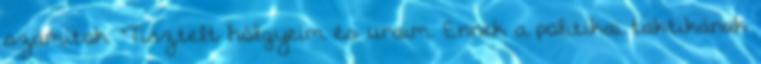
számítok. “Tisztelt hölgyeim és uraim. Ennek a politikai taktikának